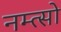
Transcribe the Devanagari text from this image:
नम्त्सो